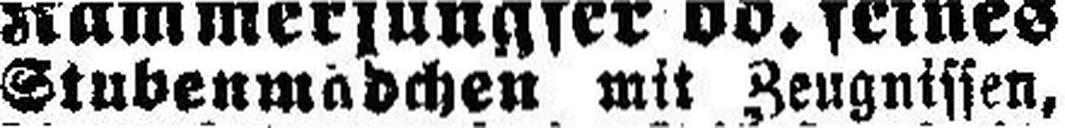
Stubenmädchen mit Zeugnissen,